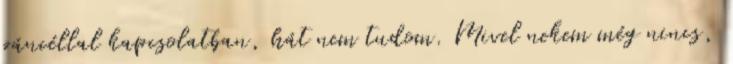
páncéllal kapcsolatban, hát nem tudom. Mivel nekem még nincs,